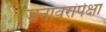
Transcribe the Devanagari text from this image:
जनावरांपेक्षा